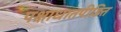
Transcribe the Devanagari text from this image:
पक्षाधातपीड़ित